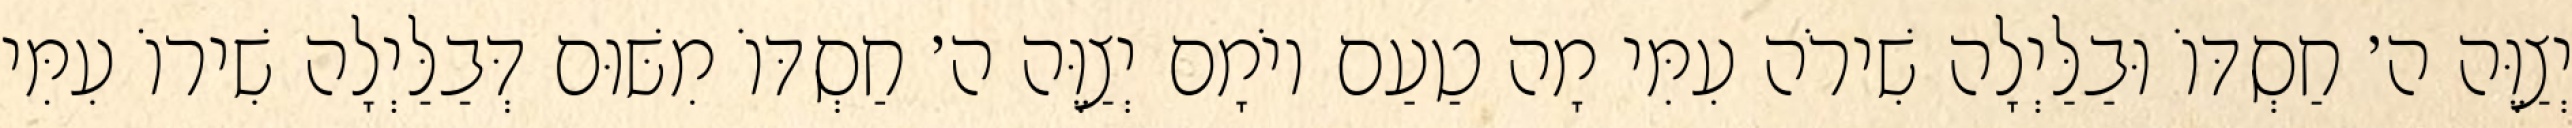
יְצַוֶּה ה׳ חַסְדּוֹ וּבַלַּיְלָה שִׁירֹה עִמִּי מָה טַעַם יוֹמָם יְצַוֶּה ה׳ חַסְדּוֹ מִשּׁוּם דְּבַלַּיְלָה שִׁירוֹ עִמִּי